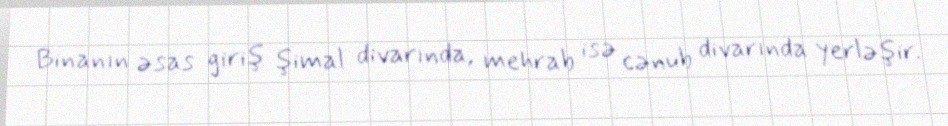
Binanın əsas giriş şimal divarında, mehrab isə cənub divarında yerləşir.